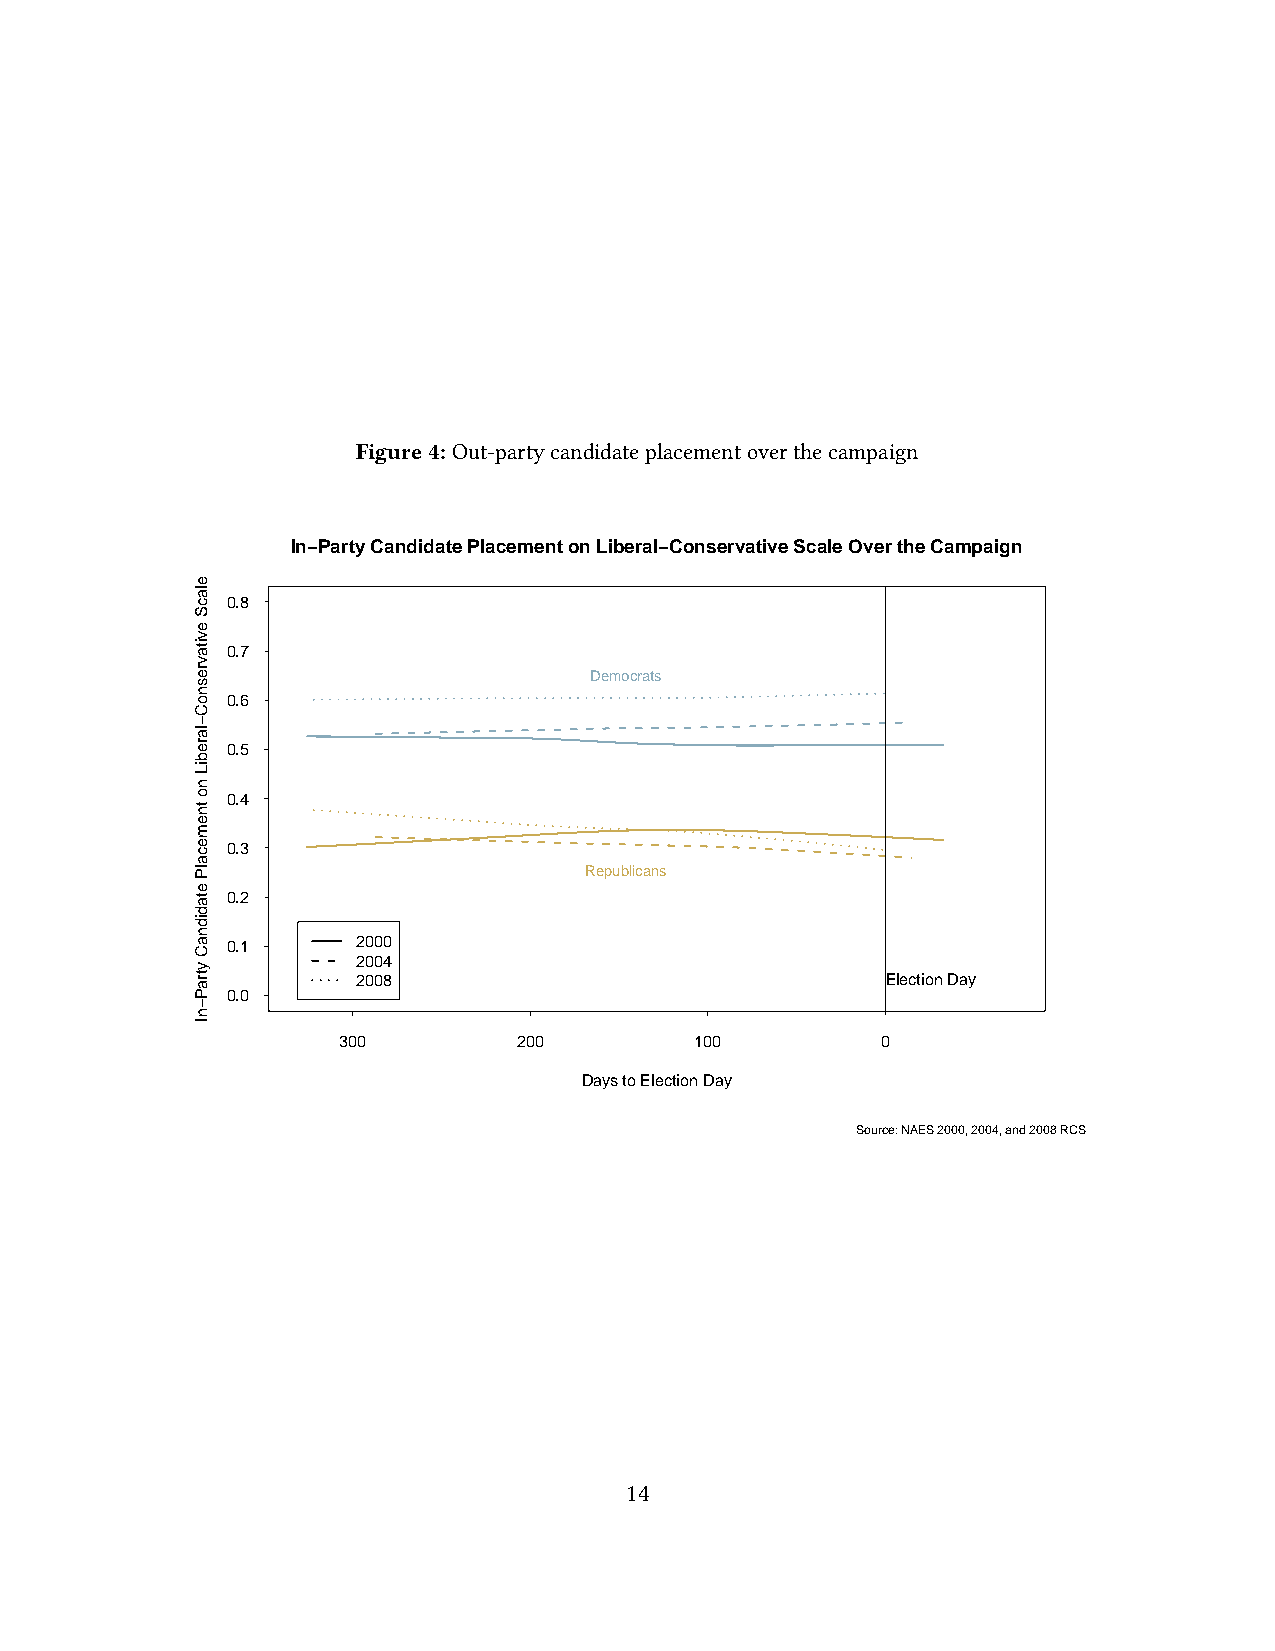
Figure4: Out-partycandidateplacementoverthecampaign
 In−Party Candidate Placement on Liberal−Conservative Scale Over the Campaign
 000000000 ......... 012345678
 llllllllllllllllllllllllllllllllllll2
 2
 2lllll0
 0
 0lllll0
 0
 0lllll0
 4
 8llllllllllllllllllllllllllllllllllllllllllllllllllllllllllllllllllllllllllllllllllllllllllllllllllllllllllllllllll
 RlllD
 lll
 ellle
 l
 plllm
 ll ulllll
 bo
 llll
 llc
 l ill
 clr llla allllt
 l
 nlls
 lll
 slllllllllllllllllllllllllllllllllllllllllllllllllllllllllllllllllllllllllllllllllllllllllllllllllllllllllllllllllllllllllllllll Ellllll lll elllll clllll tlll ill olllll nlllll ll
 Dlllllll alllll
 ylllllllllllllllllllllllll
 300         200         100         0
 Days to Election Day
 Source: NAES 2000, 2004, and 2008 RCS
 14
 elacS
 evitavresnoC−larebiL
 no
 tnemecalP
 etadidnaC
 ytraP−nI